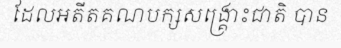
ដែលអតីតគណបក្សសង្គ្រោះជាតិ បាន